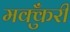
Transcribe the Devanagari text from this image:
मक्कुँरी